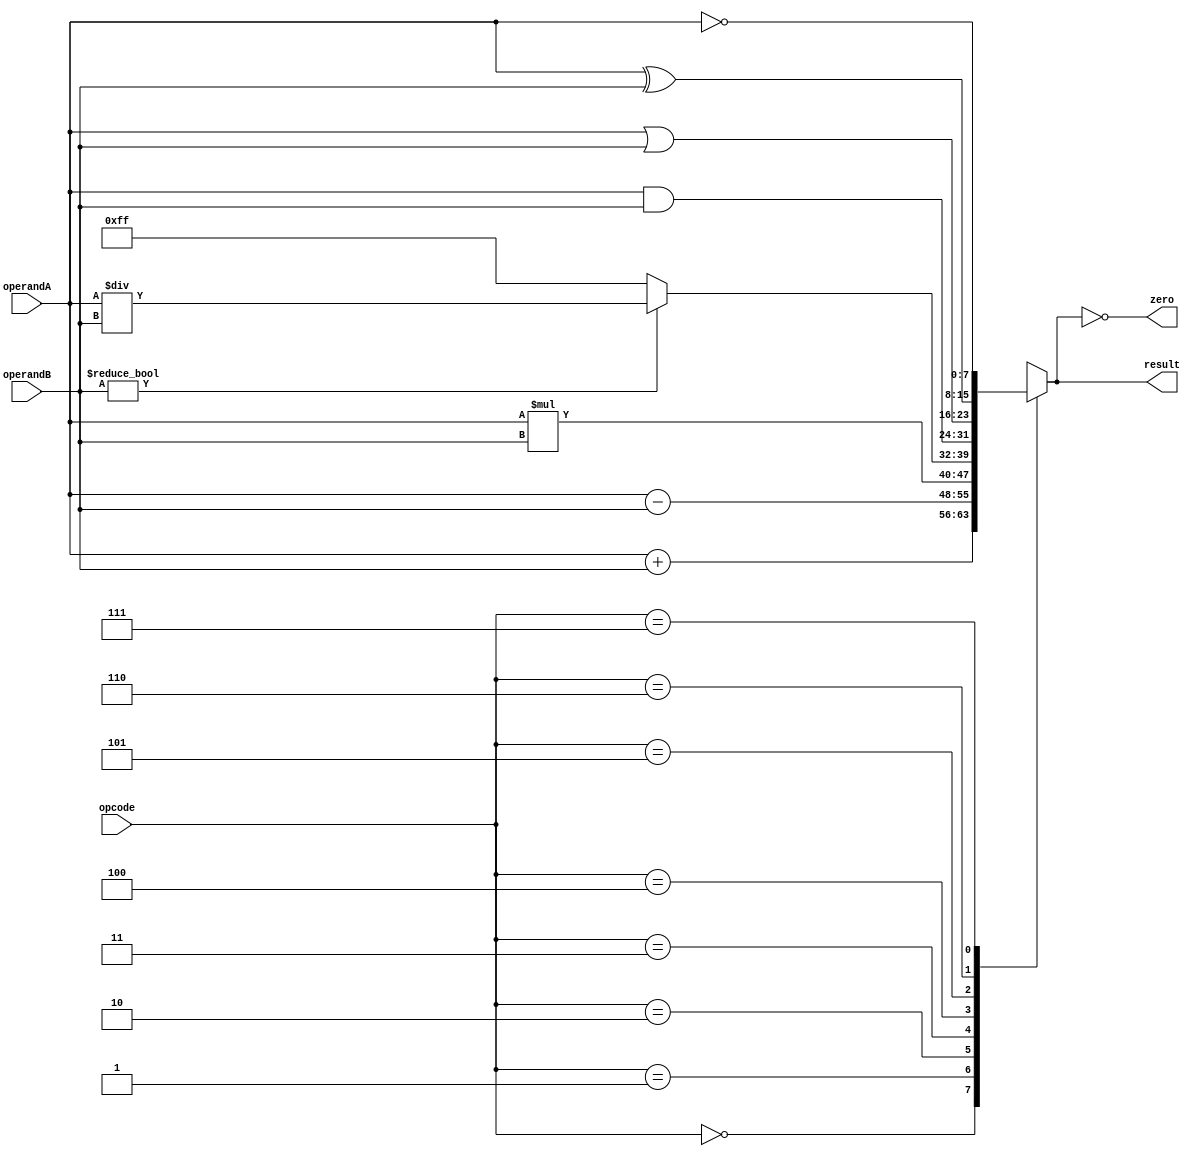
module ALU(
    input wire [7:0] operandA,
    input wire [7:0] operandB,
    input wire [2:0] opcode,
    output reg [7:0] result,
    output reg zero
);

always @(*) begin
    case(opcode)
        3'b000: result = operandA + operandB; // Addition
        3'b001: result = operandA - operandB; // Subtraction
        3'b010: result = operandA * operandB; // Multiplication
        3'b011: begin
            if(operandB != 0) result = operandA / operandB; // Division
            else result = 8'b11111111; // Error handling for divide by zero
        end
        3'b100: result = operandA & operandB; // AND
        3'b101: result = operandA | operandB; // OR
        3'b110: result = operandA ^ operandB; // XOR
        3'b111: result = ~operandA; // NOT
        default: result = 8'b00000000; // Default case
    endcase
end

assign zero = (result == 8'b00000000); // Check if result is zero

endmodule